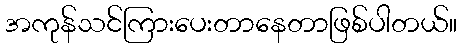
အကုန်သင်ကြားပေးတာနေတာဖြစ်ပါတယ်။